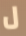
ل